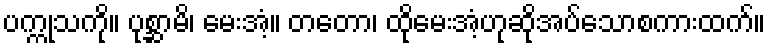
ပက္ကုသကို။ ပုစ္ဆာမိ၊ မေးအံ့။ တတော၊ ထိုမေးအံ့ဟုဆိုအပ်သောစကားထက်။